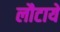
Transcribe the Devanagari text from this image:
लौटाये